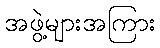
အဖွဲ့များအကြား